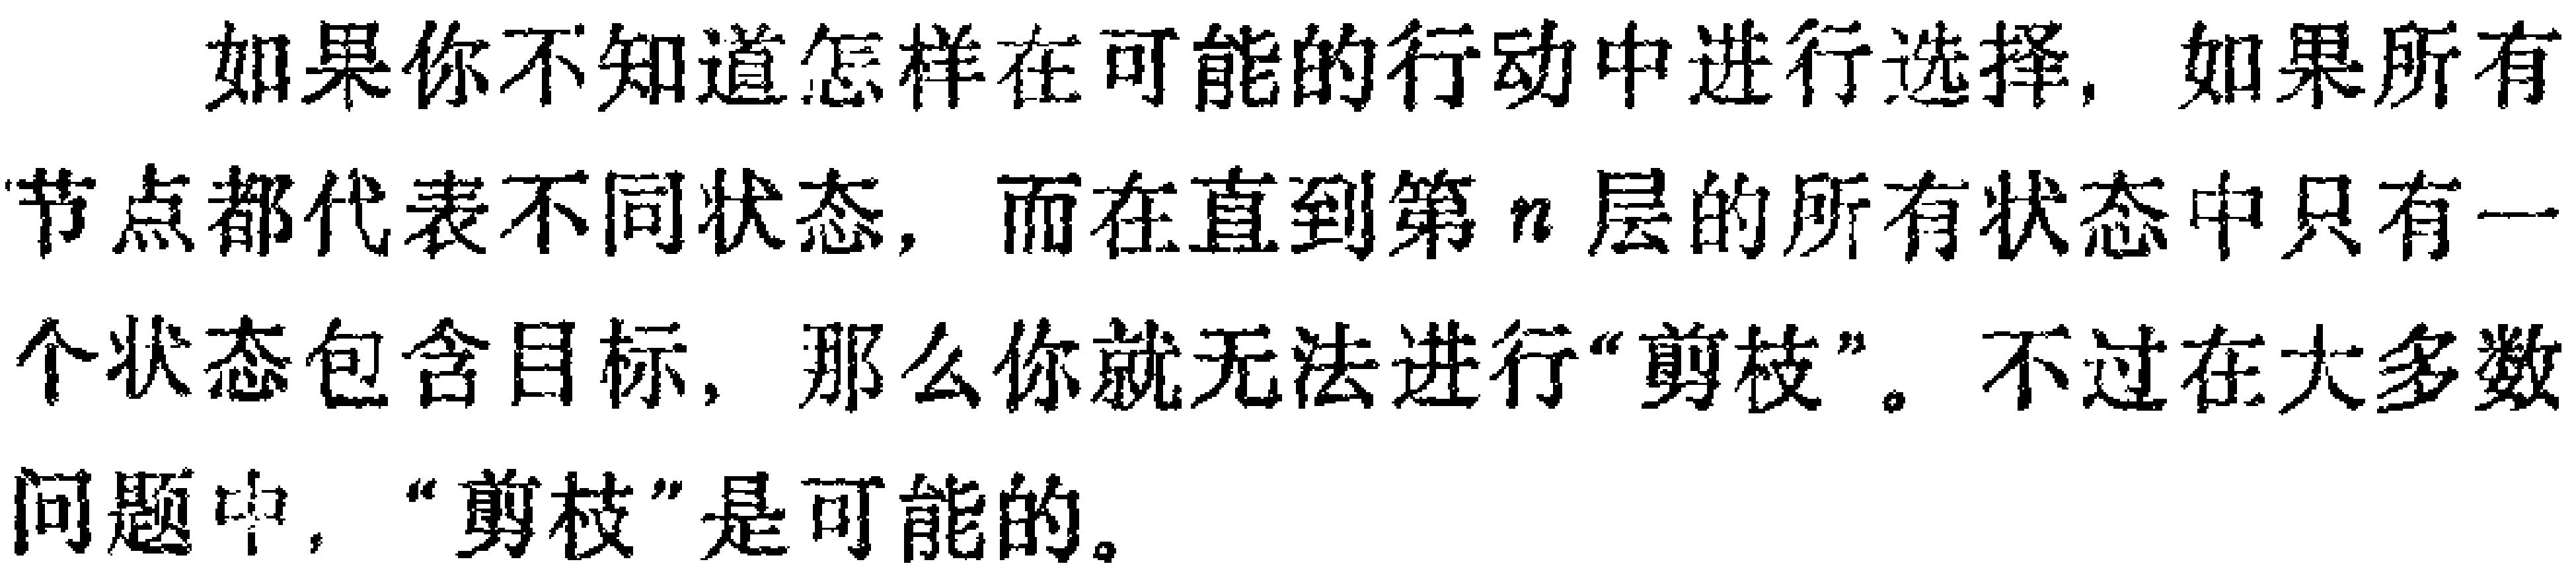
如果你不知道怎样在可能的行动中进行选择，如果所有节点都代表不同状态，而在直到第\(n\)层的所有状态中只有一个状态包含目标，那么你就无法进行“剪枝”。不过在大多数问题中，“剪枝”是可能的。